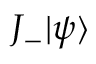
J _ { - } | \psi \rangle